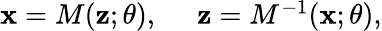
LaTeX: \begin{array}{r}{\mathbf{x}=M(\mathbf{z};\theta),\: \: \: \: \: \: \mathbf{z}=M^{-1}(\mathbf{x};\theta),}\end{array}